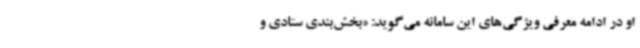
او در ادامه معرفی ویژگی‌های این سامانه می‌گوید: «بخش‌بندی ستادی و